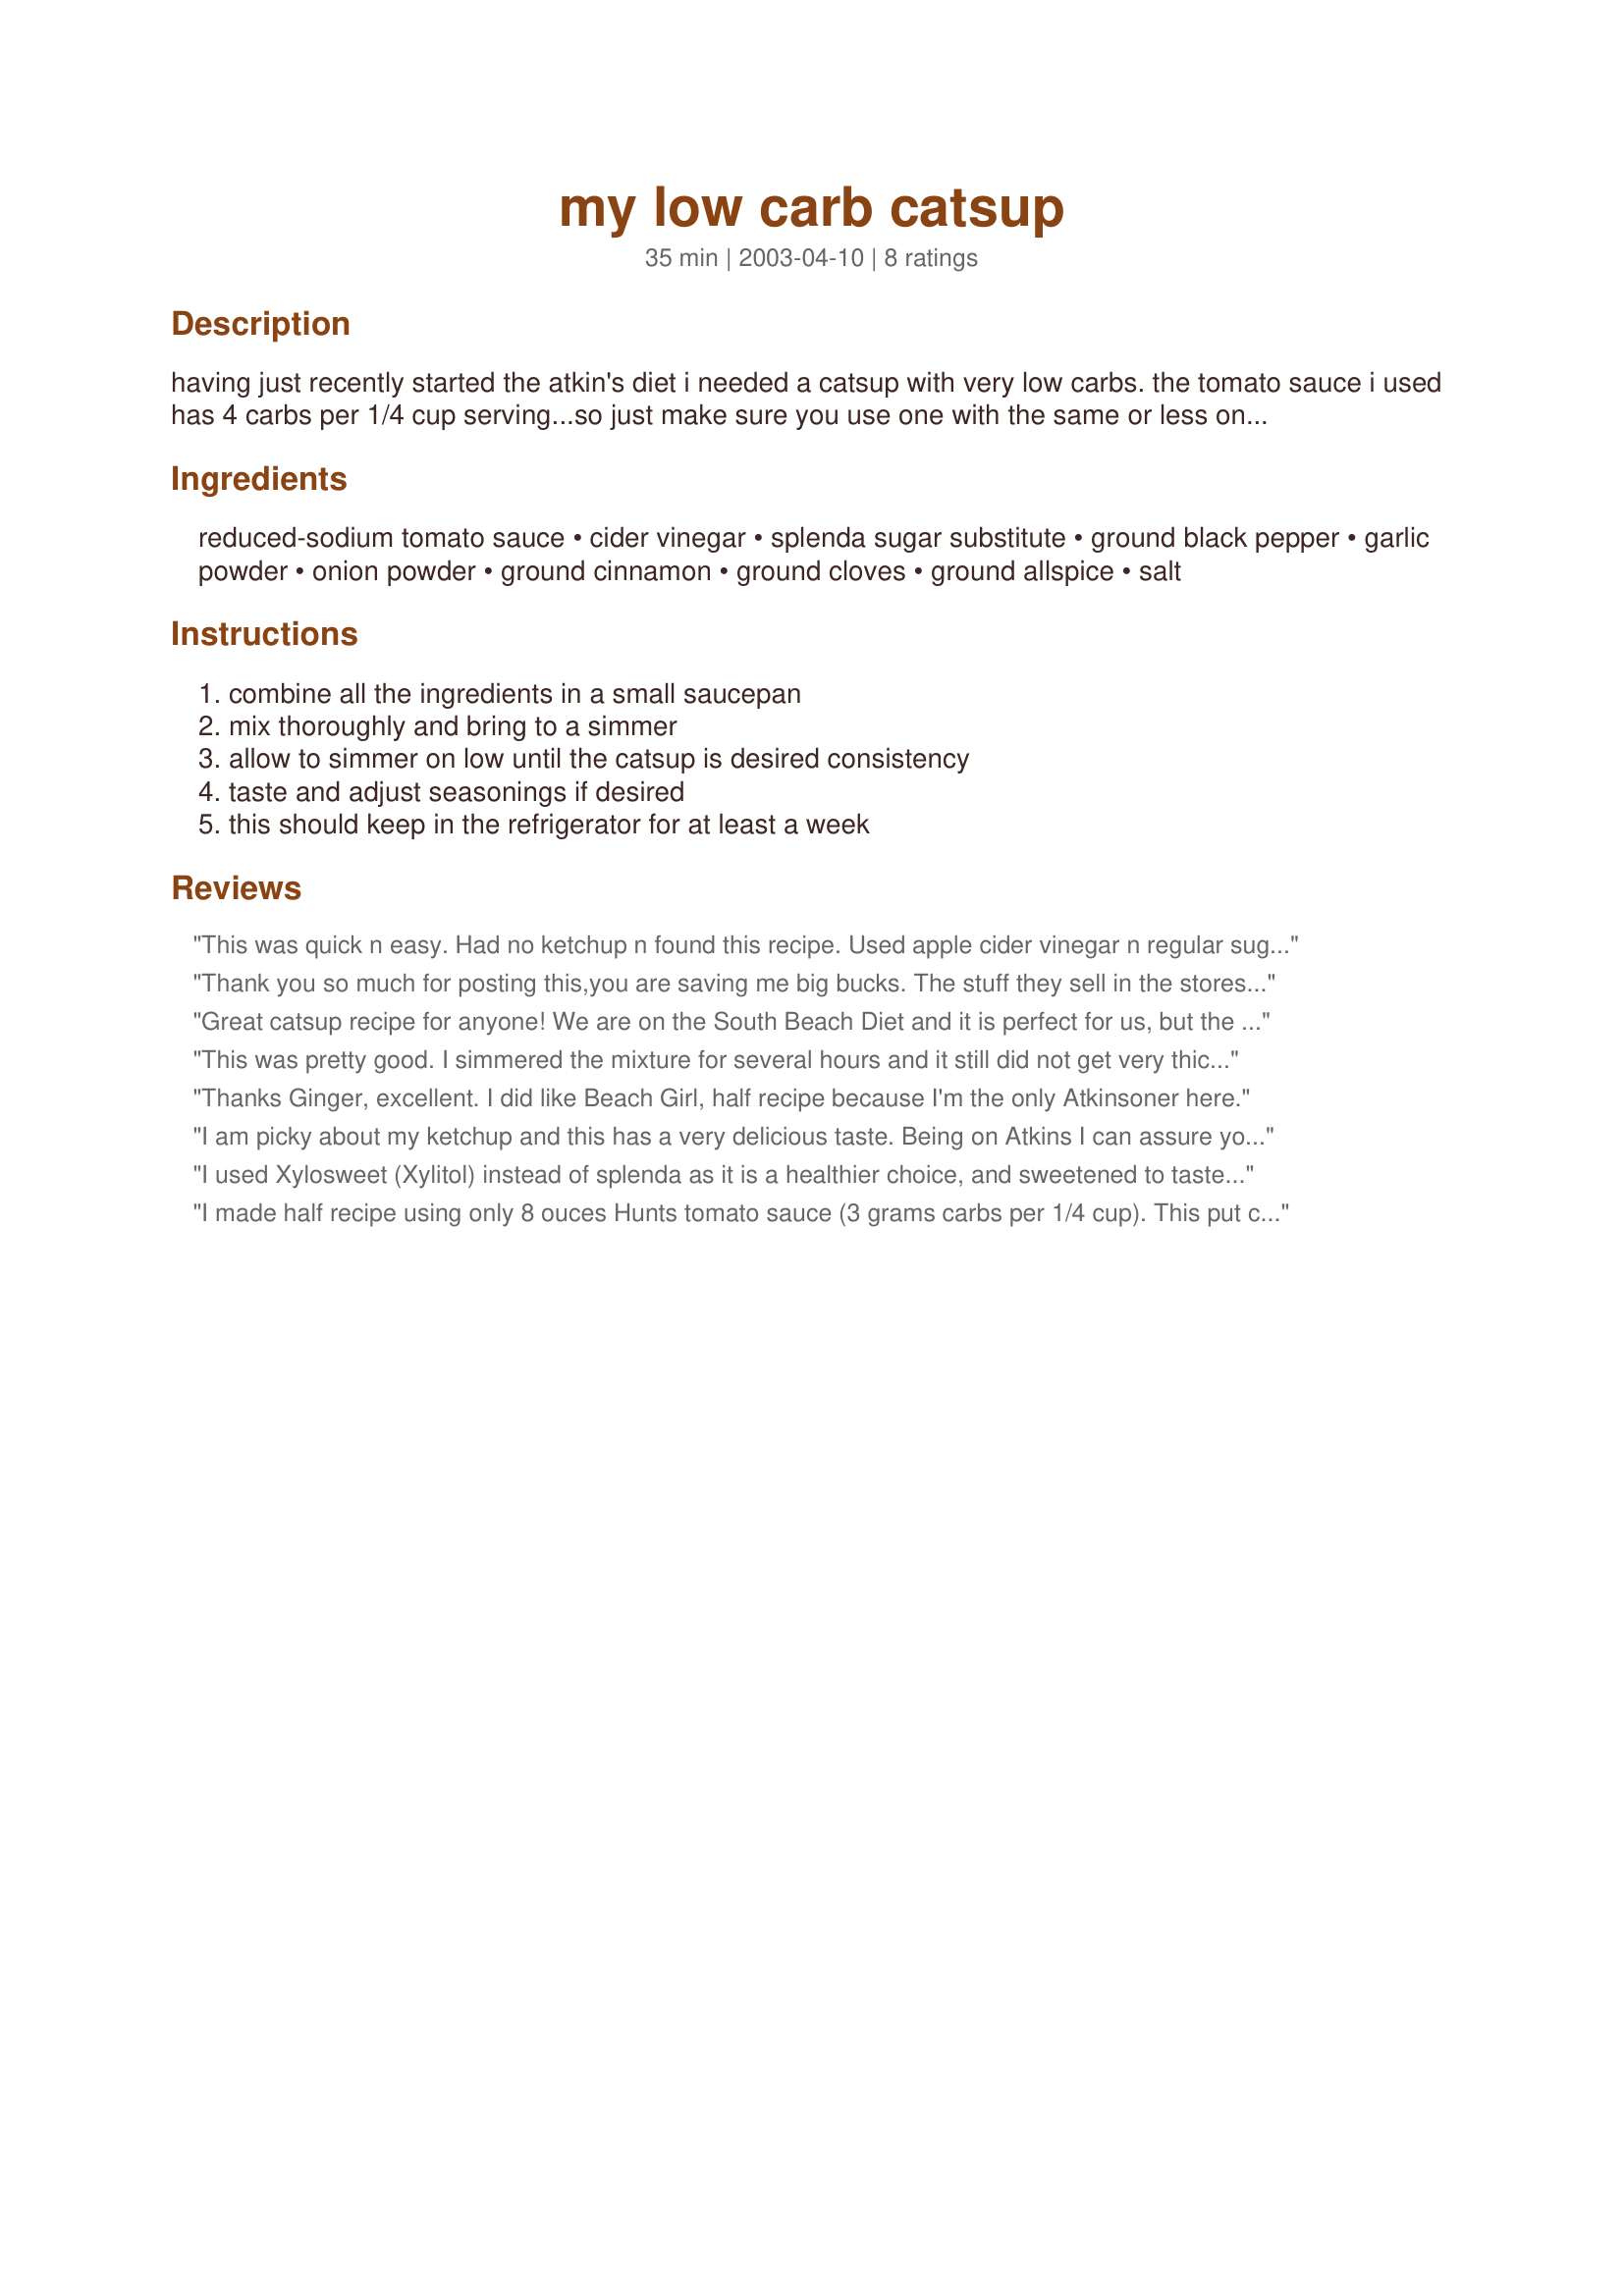
my low carb catsup
Preparation time: 35 minutes

having just recently started the atkin's diet i needed a catsup with very low carbs. the tomato sauce i used has 4 carbs per 1/4 cup serving...so just make sure you use one with the same or less on the label.

Ingredients:
reduced-sodium tomato sauce, cider vinegar, splenda sugar substitute, ground black pepper, garlic powder, onion powder, ground cinnamon, ground cloves, ground allspice, salt

Steps:
combine all the ingredients in a small saucepan, mix thoroughly and bring to a simmer, allow to simmer on low until the catsup is desired consistency, taste and adjust seasonings if desired, this should keep in the refrigerator for at least a week

Reviews:
This was quick n easy. Had no ketchup n found this recipe. Used apple cider vinegar n regular sugar. Very tasty. great substitute. Thanx for the post.
Thank you so much for posting this,you are saving me big bucks. The stuff they sell in the stores is so expensive. I have made this recipe twice. The first time it was too peppery for me, but think that is just my taste. The only other adjustment I made was to make it without the Splenda, then let it cool and add the Splenda when it was cooled (to me Splenda cooked into things has an odd aftertaste).
Great catsup recipe for anyone! We are on the South Beach Diet and it is perfect for us, but the taste is just right, I love the mix of spices, and I will use it in any recipes that call for catsup and the whole family will like it. Thanks, Carole in Orlando
This was pretty good. I simmered the mixture for several hours and it still did not get very thick so I added about 1/4 c of tomato paste and it worked beautifully. This was also much too sweet for our taste and I ended up having to add more cider vinegar and more tomato sauce to temper the sweetness. The spices were very nice though and with my additions I will definitely make this again!
Thanks Ginger, excellent. I did like Beach Girl, half recipe because I'm the only Atkinsoner here.
I am picky about my ketchup and this has a very delicious taste. Being on Atkins I can assure you that this is low in carbs. There is no way it can be high. For the amount you use it is minimal.
It is really good with cheeseburgers and steak. My dh even liked it and that is a stretch because he is a Heinz man like me. Give it a try I am sure you will love it. Wonderful job gingerkitten!!!
I used Xylosweet (Xylitol) instead of splenda as it is a healthier choice, and sweetened to taste. Other than that, it is a good recipe.
I made half recipe using only 8 ouces Hunts tomato sauce (3 grams carbs per 1/4 cup). This put carb count for 1 tbs at 1.7 grams - less than half of catsup's usual 4 grams. A very good catsup substitute for those watching their carbs. The flavorings were just right, but the final product was not as red as catsup (who cares?) Nice job, GingerKitten!
